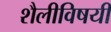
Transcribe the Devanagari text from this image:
शैलीविषयी